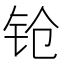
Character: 𬬰